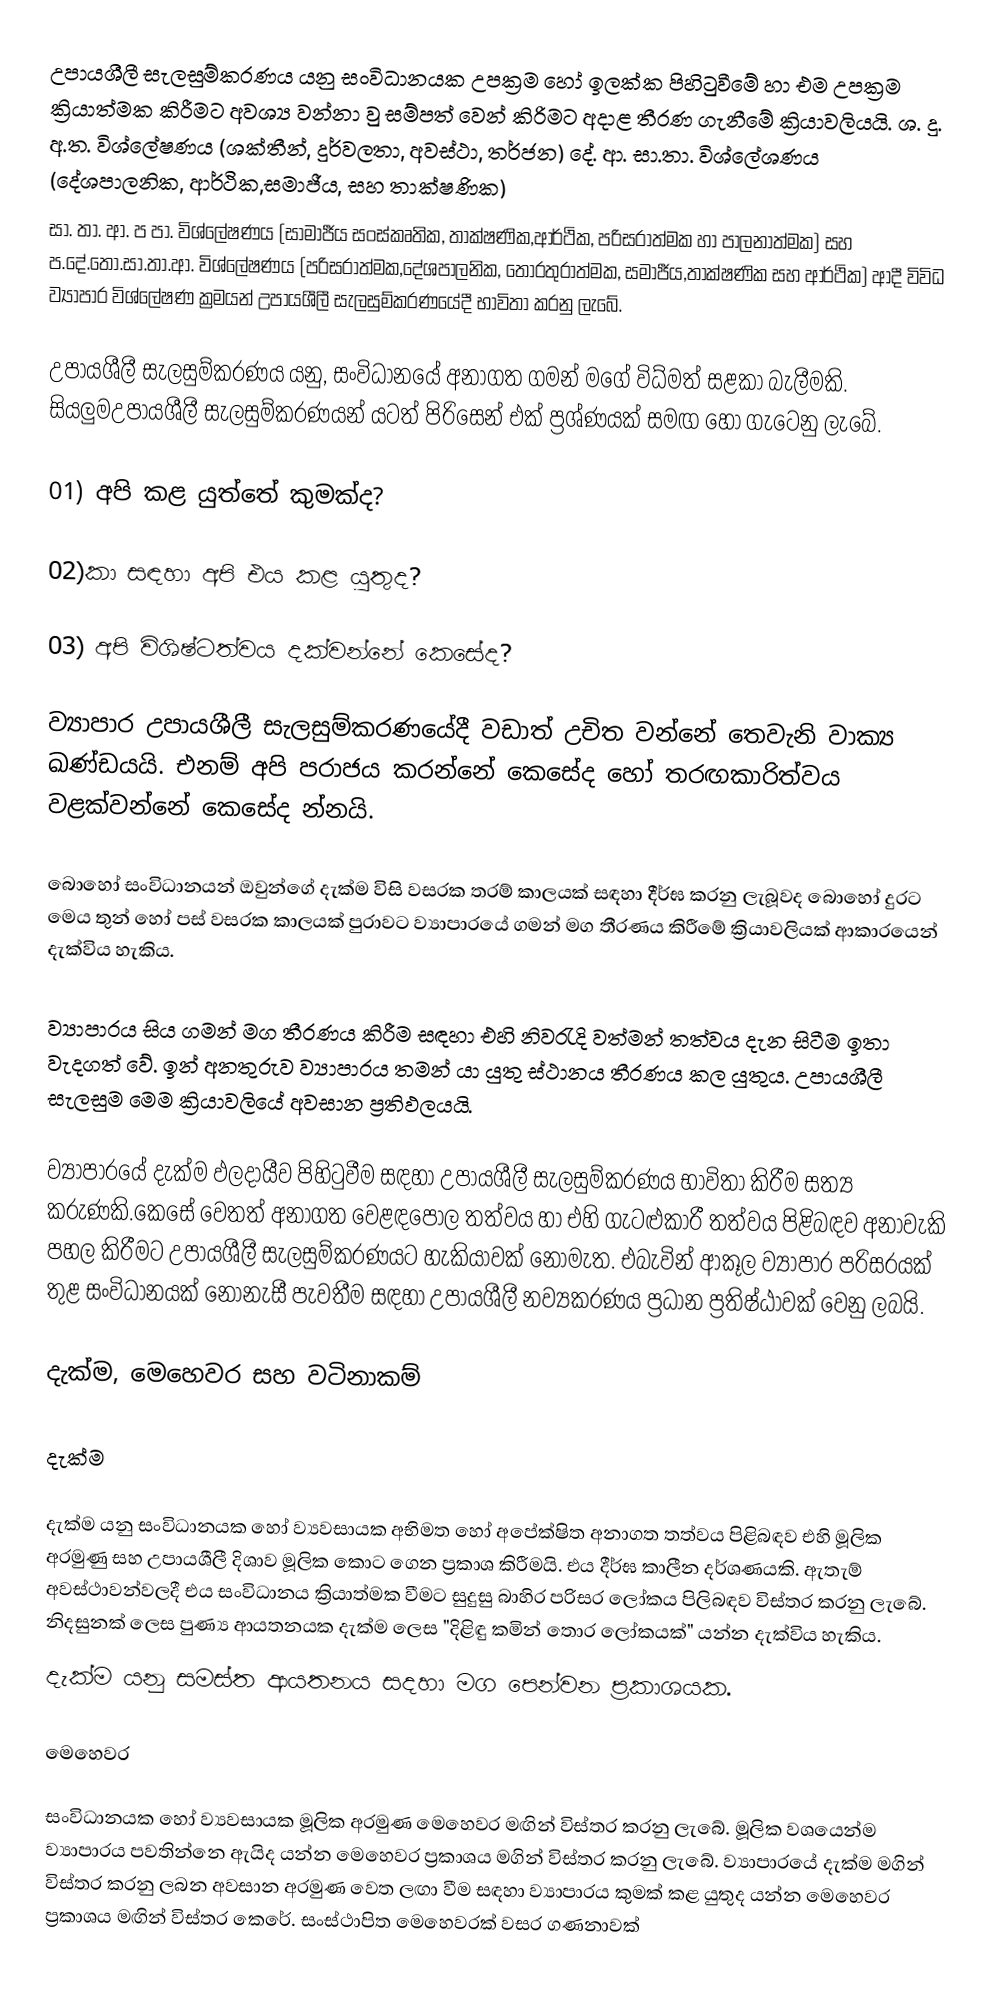
උපායශීලී සැලසුම්කරණය යනු සංවිධානයක උපක්‍රම හෝ ඉලක්ක පිහිටුවීමේ හා එම උපක්‍රම ක්‍රියාත්මක කිරීමට අවශ්‍ය වන්නා වු සම්පත් වෙන් කිරිමට අදාළ තීරණ ගැනීමේ ක්‍රියාවලියයි. ශ. දු. අ.ත. විශ්ලේෂණය (ශක්තීන්, දුර්වලතා, අවස්ථා, තර්ජන) දේ. ආ. සා.තා. විශ්ලේශණය (දේශපාලනික, ආර්ථික,සමාජීය, සහ තාක්ෂණික)
සා. තා. ආ. ප පා. විශ්ලේෂණය (සාමාජීය සංස්කෘතික, තාක්ෂණික,ආර්ථික, පරිසරාත්මක හා පාලනාත්මක) සහ ප.දේ.තො.සා.තා.ආ. විශ්ලේෂණය (පරිසරාත්මක,දේශපාලනික, තොරතුරාත්මක, සමාජීය,තාක්ෂණික සහ ආර්ථික) ආදී විවිධ ව්‍යාපාර විශ්ලේෂණ ක්‍රමයන් උපායශීලී සැලසුම්කරණයේදී භාවිතා කරනු ලැබේ.

උපායශීලී සැලසුම්කරණය යනු, සංවිධානයේ අනාගත ගමන් මගේ විධ්මත් සළකා බැලීමකි. සියලුමඋපායශීලී සැලසුම්කරණයන් යටත් පිරිසෙන් එක් ප්‍රශ්ණයක් සමඟ හෝ ගැටෙනු ලැබේ.

01) අපි කළ යුත්තේ කුමක්ද?

02)කා සඳහා අපි එය කළ යුතුද?

03) අපි විශිෂ්ටත්වය දක්වන්නේ කෙසේද?

ව්‍යාපාර උපායශීලී සැලසුම්කරණයේදී වඩාත් උචිත වන්නේ තෙවැනි වාක්‍ය ඛණ්ඩයයි. එනම් අපි පරාජය කරන්නේ කෙසේද හෝ තරඟකාරිත්වය වළක්වන්නේ කෙසේද න්නයි.

බොහෝ සංවිධානයන් ඔවුන්ගේ දැක්ම විසි වසරක තරම් කාලයක් සඳහා දීර්ඝ කරනු ලැබූවද බොහෝ දුරට මෙය තුන් හෝ පස් වසරක කාලයක් පුරාවට ව්‍යාපාරයේ ගමන් මග තීරණය කිරීමේ ක්‍රියාවලියක් ආකාරයෙන් දැක්විය හැකිය.

ව්‍යාපාරය සිය ගමන් මග තීරණය කිරීම සඳහා එහි නිවරැදි වත්මන් තත්වය දැන සිටීම ඉතා වැදගත් වේ. ඉන් අනතුරුව ව්‍යාපාරය තමන් යා යුතු ස්ථානය තීරණය කල යුතුය. උපායශීලී සැලසුම මෙම ක්‍රියාවලියේ අවසාන ප්‍රතිඵලයයි.

ව්‍යාපාරයේ දැක්ම ඵලදායීව පිහිටුවීම සඳහා උපායශීලී සැලසුම්කරණය භාවිතා කිරීම සත්‍ය කරුණකි.කෙසේ වෙතත් අනාගත වෙළඳපොල තත්වය හා එහි ගැටළුකාරී තත්වය පිළිබඳව අනාවැකි පහල කිරීමට උපායශීලී සැලසුම්කරණයට හැකියාවක් නොමැත. එබැවින් ආකූල ව්‍යාපාර පරිසරයක් තුළ සංවිධානයක් නොනැසී පැවතීම සඳහා උපායශීලී නව්‍යකරණය ප්‍රධාන ප්‍රතිෂ්ඨාවක් වෙනු ලබයි.

දැක්ම, මෙහෙවර සහ වටිනාකම්

දැක්ම

දැක්ම යනු සංවිධානයක හෝ ව්‍යවසායක අභිමත හෝ අපේක්ෂිත අනාගත තත්වය පිළිබඳව එහි මූලික අරමුණු සහ උපායශීලී දිශාව මූලික කොට ගෙන ප්‍රකාශ කිරීමයි. එය දීර්ඝ කාලීන දර්ශණයකි. ඇතැම් අවස්ථාවන්වලදී එය සංවිධානය ක්‍රියාත්මක වීමට සුදුසු බාහිර පරිසර ලෝකය පිලිබඳව විස්තර කරනු ලැබේ. නිදසුනක් ලෙස පුණ්‍ය ආයතනයක දැක්ම ලෙස "දිළිඳු කමින් තොර ලෝකයක්" යන්න දැක්විය හැකිය.
දැක්ම යනු සමස්ත ආයතනය සදහා මග පෙන්වන ප්‍රකාශයක.

මෙහෙවර

සංවිධානයක හෝ ව්‍යවසායක මූලික අරමුණ මෙහෙවර මඟින් විස්තර කරනු ලැබේ. මූලික වශයෙන්ම ව්‍යාපාරය පවතින්නෙ ඇයිද යන්න මෙහෙවර ප්‍රකාශය මගින් විස්තර කරනු ලැබේ. ව්‍යාපාරයේ දැක්ම මගින් විස්තර කරනු ලබන අවසාන අරමුණ වෙත ලඟා වීම සඳහා ව්‍යාපාරය කුමක් කළ යුතුද යන්න මෙහෙවර ප්‍රකාශය මඟින් විස්තර කෙරේ. සංස්ථාපිත මෙහෙවරක් වසර ගණනාවක්